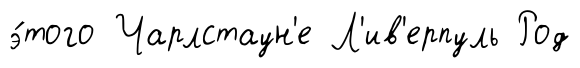
э́того Чарлстаун'е Л'ив'ерпуль Род